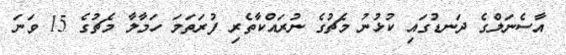
އާސެނަލްގެ ދަނޑުގައި ކުޅުނު މެޗުގެ ނުރައްކާތެރި ފުރަތަމަ ހަމާލާ މެޗުގެ 15 ވަނަ